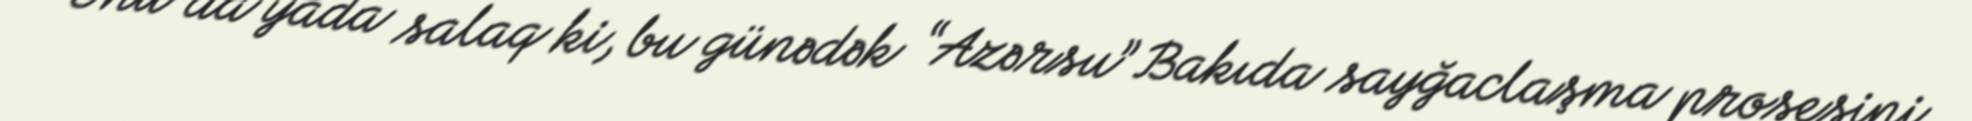
Onu da yada salaq ki, bu günədək “Azərsu” Bakıda sayğaclaşma prosesini